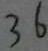
3 6